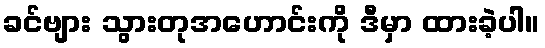
ခင်ဗျား သွားတုအဟောင်းကို ဒီမှာ ထားခဲ့ပါ။